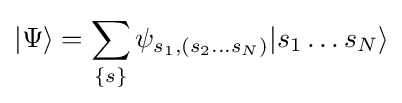
|\Psi \rangle =\sum _{\{s\}}\psi _{s_{1},(s_{2}...s_{N})}|s_{1}\ldots s_{N}\rangle